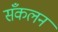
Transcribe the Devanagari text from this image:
सँकलन